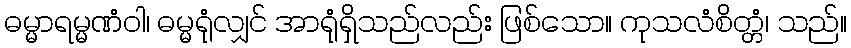
ဓမ္မာရမ္မဏံဝါ၊ ဓမ္မရုံလျှင် အာရုံရှိသည်လည်း ဖြစ်သော။ ကုသလံစိတ္တံ၊ သည်။